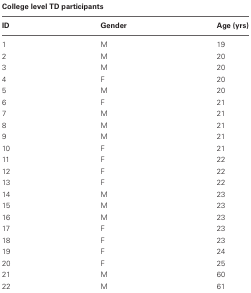
| <COLSPAN=3> College level TD participants |
 | --- | --- | --- |
 | ID | Gender | Age (yrs) |
 | 1 | M | 19 |
 | 2 | M | 20 |
 | 3 | M | 20 |
 | 4 | F | 20 |
 | 5 | M | 20 |
 | 6 | F | 21 |
 | 7 | M | 21 |
 | 8 | M | 21 |
 | 9 | M | 21 |
 | 10 | F | 21 |
 | 11 | F | 22 |
 | 12 | F | 22 |
 | 13 | F | 22 |
 | 14 | M | 23 |
 | 15 | M | 23 |
 | 16 | M | 23 |
 | 17 | F | 23 |
 | 18 | F | 23 |
 | 19 | F | 24 |
 | 20 | F | 25 |
 | 21 | M | 60 |
 | 22 | M | 61 |